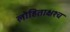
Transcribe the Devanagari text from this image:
लोहिताक्षश्च